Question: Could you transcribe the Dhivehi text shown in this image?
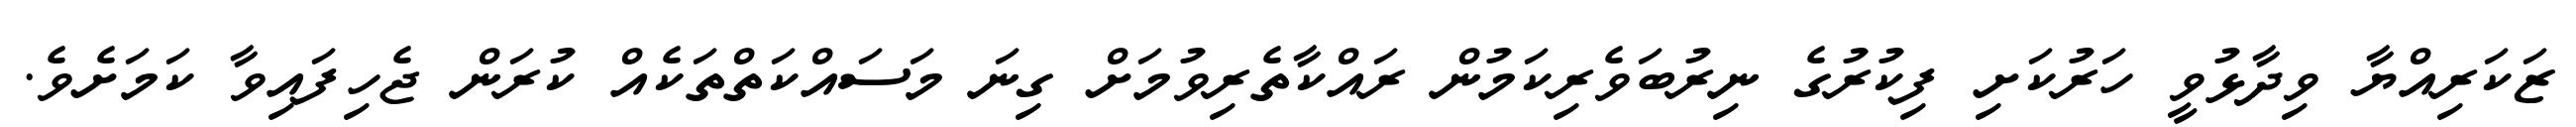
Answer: ޒަކަރިއްޔާ ވިދާޅުވީ ހަރުކަށި ފިކުރުގެ ނިރުބަވެރިކަމުން ރައްކާތެރިވުމަށް ގިނަ މަސައްކަތްތަކެއް ކުރަން ޖެހިފައިވާ ކަމަށެވެ.